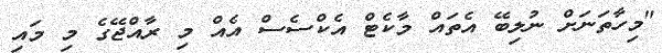
"މިހާތަނަށް ނުލިބޭ އެތައް މާކެޓް އެކްސެސް އެއް މި ރާއްޖޭގެ މި މައި